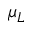
\mu _ { L }